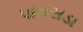
પાનસડા